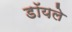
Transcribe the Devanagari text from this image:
डॉयले